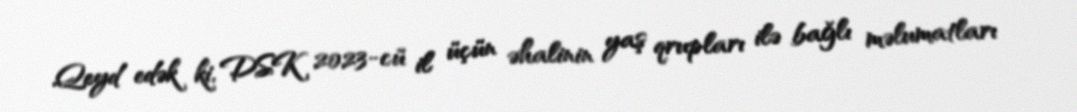
Qeyd edək ki, DSK 2023-cü il üçün əhalinin yaş qrupları ilə bağlı məlumatları